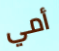
أمي